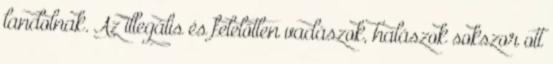
landolnak. Az illegális és felelőtlen vadászok, halászok sokszor ott